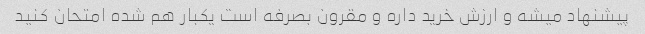
پیشنهاد میشه و ارزش خرید داره و مقرون بصرفه است یکبار هم شده امتحان کنید